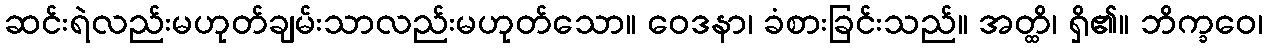
ဆင်းရဲလည်းမဟုတ်ချမ်းသာလည်းမဟုတ်သော။ ဝေဒနာ၊ ခံစားခြင်းသည်။ အတ္ထိ၊ ရှိ၏။ ဘိက္ခဝေ၊